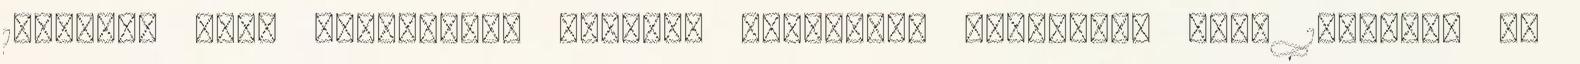
1905-ben Mimi szerepében Forrás: Wikipédia pályáját, majd 1904-ben az